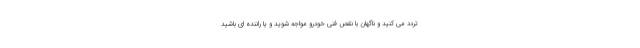
تردد می کنید و ناگهان با نقص فنی خودرو مواجه شوید و یا راننده ای باشید